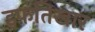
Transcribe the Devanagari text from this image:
इफ़तिखार